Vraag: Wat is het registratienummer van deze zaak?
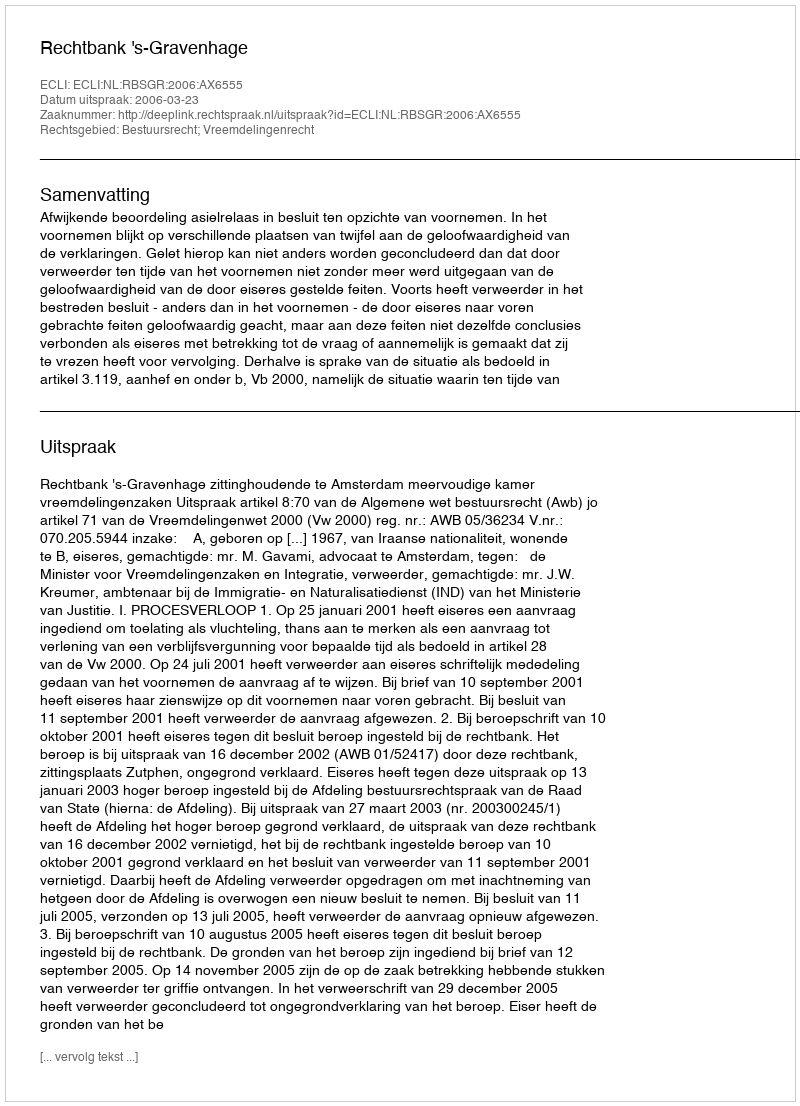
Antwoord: http://deeplink.rechtspraak.nl/uitspraak?id=ECLI:NL:RBSGR:2006:AX6555